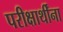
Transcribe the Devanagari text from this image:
परीक्षार्थींना